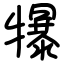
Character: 犦